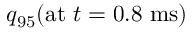
{ q _ { 9 5 } ( \mathrm { a t } ~ t = 0 . 8 ~ \mathrm { m s } ) }